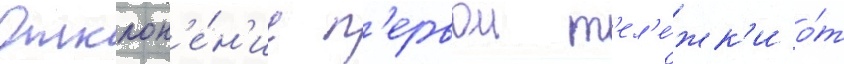
Отклон'е́н'ие п'ервои т'ел'е́жк'и о́т